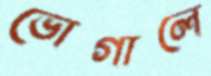
ভোগালে